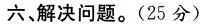
六、解决问题。(25分)